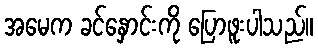
အမေက ခင်နှောင်းကို ပြောဖူးပါသည်။